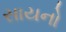
સાયનો